Report on horse surra - Volume I
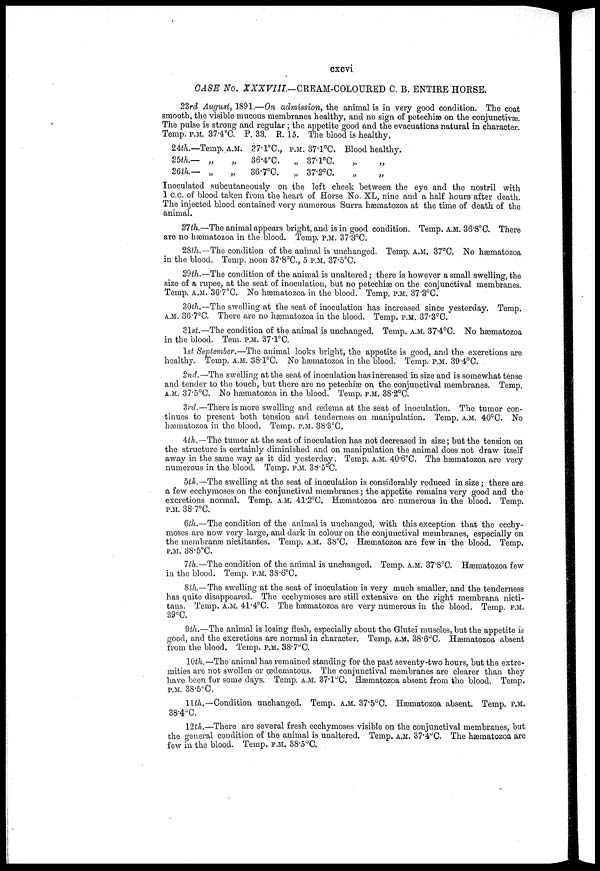
cxcvi
CASH No. XXXVIII.—CREAM-COLOURED C. B. ENTIRE HORSE.
23rd August, 1891.—On admission, the animal is in very good condition. The coat
smooth, the visible mucous membranes healthy, and no sign of petechias on the conjunctivas.
The pulse is strong and regular ; the appetite good and the evacuations natural in character.
Temp. P.M. 37.4°C. P. 33. R. 15. The blood is healthy.
24th.—Temp. A.M.
25th.- „ „
26th.-
„ „
37.1°C.,
36.4°C.
36.7°C.
P.M.
„
„
37.1°C.
37.1°C.
37.2°C.
Blood healthy.
„ „
„ „
Inoculated subcutaneously on the left cheek between the eye and the nostril with
1 C.C. of blood taken from the heart of Horse No. XL, nine and a half hours after death.
The injected blood contained very numerous Surra hæmatozoa at the time of death of the
animal.
27th.—The animal appears bright, and is in good condition. Temp. A.M. 36.8°C. There
are no hæmatozoa in the blood. Temp. P.M. 37.3°C.
28th.—The condition of the animal is unchanged. Temp. A.M. 37°C. No hæmatozoa
in the blood. Temp, noon 87.8°C., 5 P.M. 37.5°C.
29th.—The condition of the animal is unaltered; there is however a small swelling, the
size of a rupee, at the seat of inoculation, but no petechias on the conjunctival membranes.
Temp. A.M. 36.7°C. No hæmatozoa in the blood. Temp. P.M. 37'3°C.
30th.—The swelling at the seat of inoculation has increased since yesterday. Temp.
A.M. 36.7°C. There are no hæmatozoa in the blood. Temp. P.M. 37.3°C.
31st.—The condition of the animal is unchanged. Temp. A.M. 37.4°C. No hæmatozoa
in the blood. Tern. P.M. 37.1°C.
1st September.—The animal looks bright, the appetite is good, and the excretions are
healthy. Temp. A.M. 38.°C No hæmatozoa in the blood. Temp. P.M. 39.4°C.
2nd.—The swelling at the seat of inoculation has increased in size and is somewhat tense
and tender to the touch, but there are no petechias on the conjunctival membranes. Temp.
A.M. 37.5°C. No hæmatozoa in the blood. Temp. P.M. 38.2°C.
3rd.—There is more swelling and oedema at the seat of inoculation. The tumor con-
tinues to present both tension and tenderness on manipulation. Temp. A.M. 40°C. No
hæmatozoa in the blood. Temp. P.M. 38.3°C.
4th.— The tumor at the seat of inoculation has not decreased in size; but the tension on
the structure is certainly diminished and on manipulation the animal does not draw itself
away in the same way as it did yesterday. Temp. A.M. 40.6°C. The hæmatozoa are very
numerous in the blood. Temp. P.M. 38.5°C.
5th.—The swelling at the seat of inoculation is considerably reduced in size; there are
a few ecchymoses on the conjunctival meinbranes; the appetite remains very good and the
excretions normal. Temp. A.M. 41.2°C. hæmatozoa are numerous in the blood. Temp.
P.M. 38.7°C.
6th.—The condition of the animal is unchanged, with this exception that the ecchy-
moses are now very large, and dark in colour on the conjunctival membranes, especially on
the membranæ nictitantes. Temp. A.M. 38°C. hæmatozoa are few in the blood. Temp.
P.M. 38.5°C.
7th.—The condition of the animal is unchanged. Temp. A.M. 37.8°C. hæmatozoa few
in the blood. Temp. P.M. 38.6°C.
8th.—The swelling at the seat of inoculation is very much smaller, and the tenderness
has quite disappeared. The ecchymoses are still extensive on the right membrana nicti-
tans. Temp. A.M. 41.4°C. The hæmatozoa are very numerous in the blood. Temp. P.M.
39°C.
9th.—The animal is losing flesh, especially about the Glutei muscles, but the appetite is
good, and the excretions are normal in character. Temp. A.M. 38.6°C. hæmatozoa absent
from the blood. Temp. P.M. 38.7°C.
10th.—The animal has remained standing for the past seventy-two hours, but the extre-
mities are not swollen or œdematous. The conjunctival membranes are clearer than they
have been for some days. Temp. A.M. 37.1°C. hæmatozoa absent from the blood. Temp.
P.M. 38.5°C,
11th.—Condition unchanged. Temp. A.M. 37.5°C. hæmatozoa absent. Temp. P.M.
38.4°C.
12th.—There are several fresh ecchymoses visible on the conjunctival membranes, but
the general condition of the animal is unaltered. Temp. A.M. 37.4°C. The hæmatozoa are
few in the blood. Temp. P.M. 38.5°C.